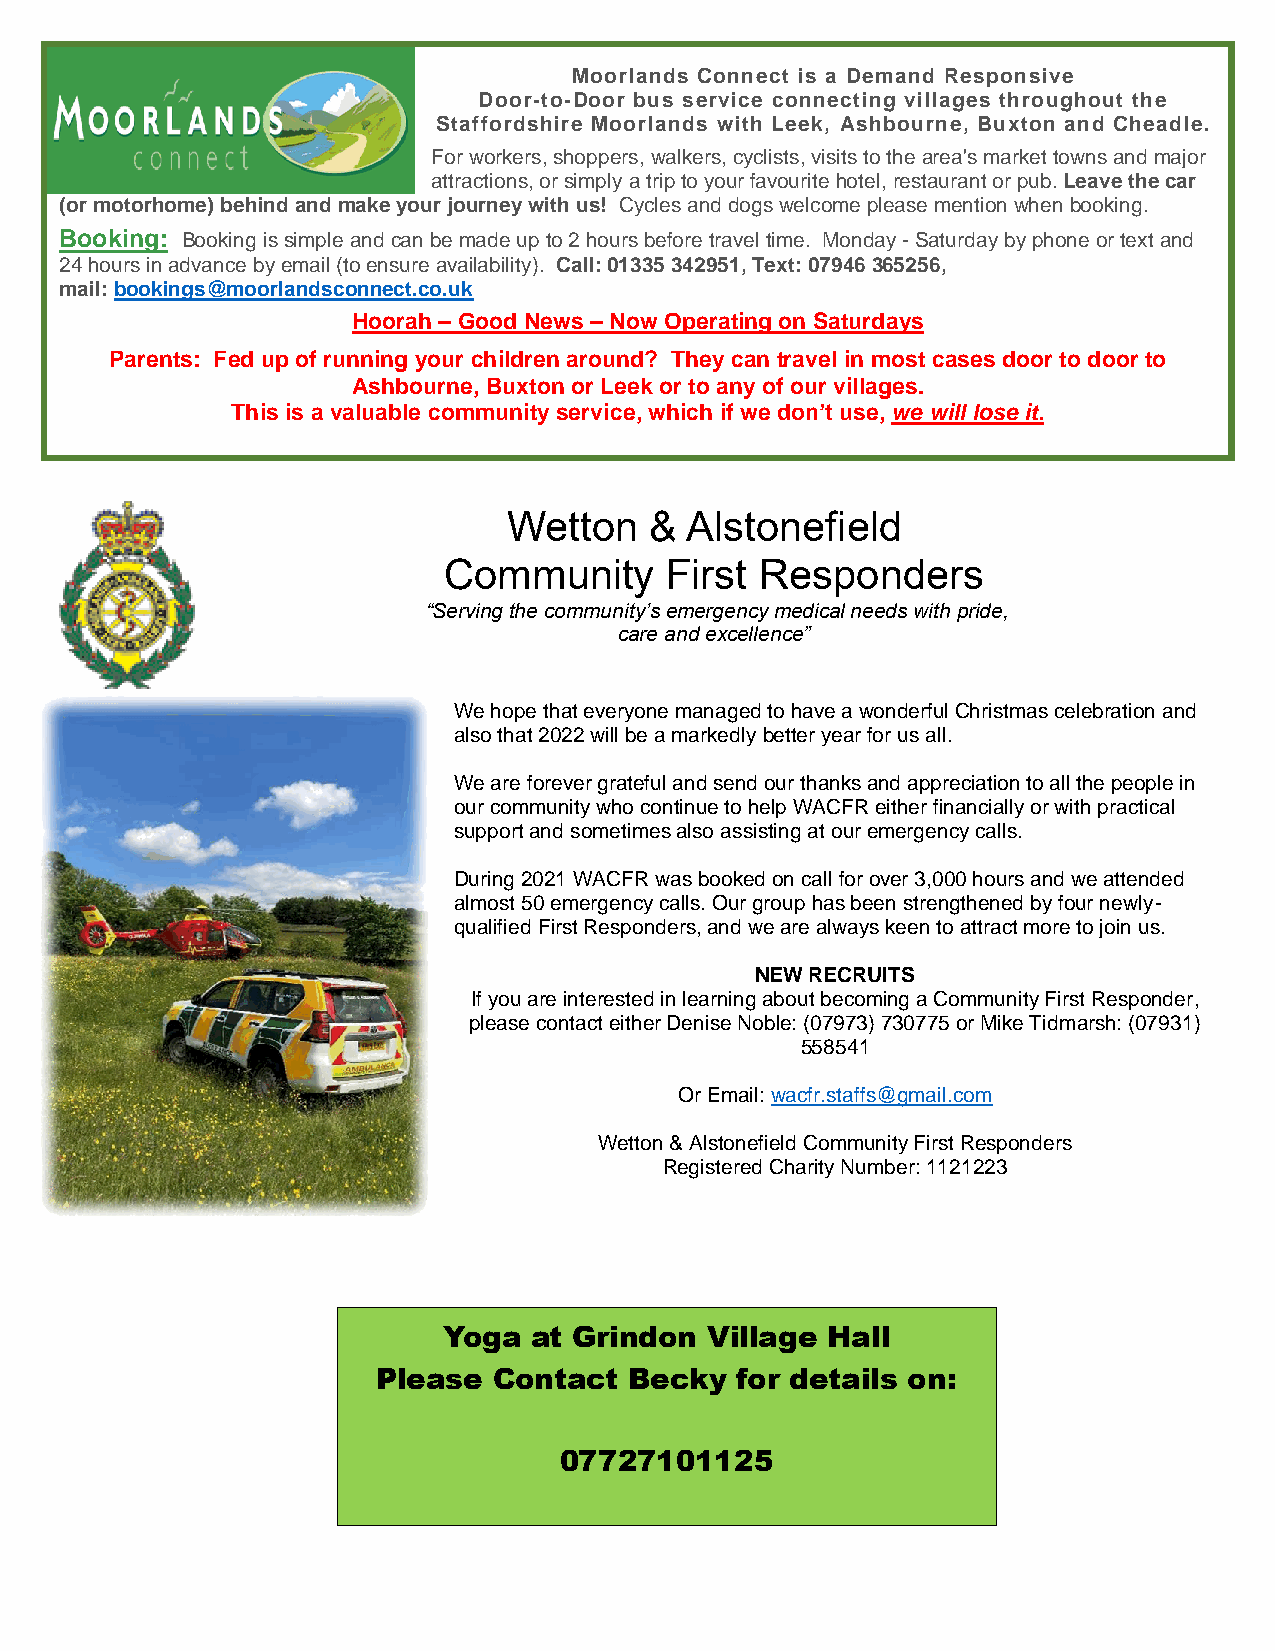
Moorlands Connect is a Demand Responsive
 Door-to-Door bus service connecting villages throughout the
 Staffordshire Moorlands with Leek, Ashbourne, Buxton and Cheadle.
 For workers, shoppers, walkers, cyclists, visits to the area's market towns and major
 attractions, or simply a trip to your favourite hotel, restaurant or pub. Leave the car
 (or motorhome) behind and make your journey with us! Cycles and dogs welcome please mention when booking.
 Booking: Booking is simple and can be made up to 2 hours before travel time. Monday - Saturday by phone or text and
 24 hours in advance by email (to ensure availability). Call: 01335 342951, Text: 07946 365256,
 mail: bookings@moorlandsconnect.co.uk
 Hoorah – Good News – Now Operating on Saturdays
 Parents: Fed up of running your children around? They can travel in most cases door to door to
 Ashbourne, Buxton or Leek or to any of our villages.
 This is a valuable community service, which if we don’t use, we will lose it.
 Wetton   & Alstonefield
 Community      First Responders
 “Serving the community’s emergency medical needs with pride,
 care and excellence”
 We hope that everyone managed to have a wonderful Christmas celebration and
 also that 2022 will be a markedly better year for us all.
 We are forever grateful and send our thanks and appreciation to all the people in
 our community who continue to help WACFR either financially or with practical
 support and sometimes also assisting at our emergency calls.
 During 2021 WACFR was booked on call for over 3,000 hours and we attended
 almost 50 emergency calls. Our group has been strengthened by four newly-
 qualified First Responders, and we are always keen to attract more to join us.
 NEW RECRUITS
 If you are interested in learning about becoming a Community First Responder,
 please contact either Denise Noble: (07973) 730775 or Mike Tidmarsh: (07931)
 558541
 Or Email: wacfr.staffs@gmail.com
 Wetton & Alstonefield Community First Responders
 Registered Charity Number: 1121223
 Yoga  at Grindon  Village Hall
 Please  Contact  Becky  for details on:
 07727101125